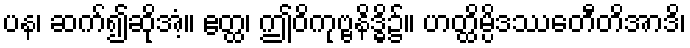
ပန၊ ဆက်၍ဆိုအံ့။ ဧတ္ထ၊ ဤဝိကုဗ္ဗနိဒ္ဓိ၌။ ဟတ္ထိမ္ပိဒဿေတီတိအာဒိ၊